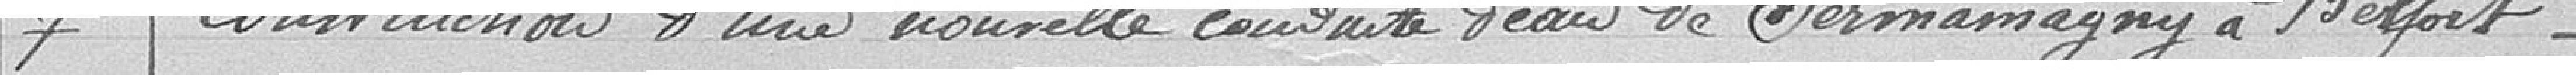
7. Construction d'une nouvelle conduite d'eau de Sermamagny à Belfort